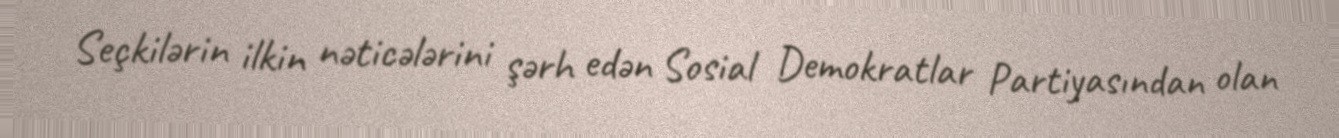
Seçkilərin ilkin nəticələrini şərh edən Sosial Demokratlar Partiyasından olan